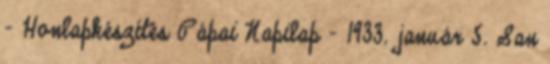
- Honlapkészítés Pápai Napilap - 1933. január 5. San